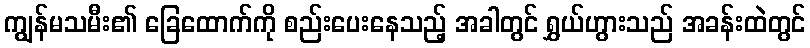
ကျွန်မသမီး၏ ခြေထောက်ကို စည်းပေးနေသည့် အခါတွင် ရွှယ်ဟွားသည် အခန်းထဲတွင်